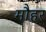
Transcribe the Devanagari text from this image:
मौहर